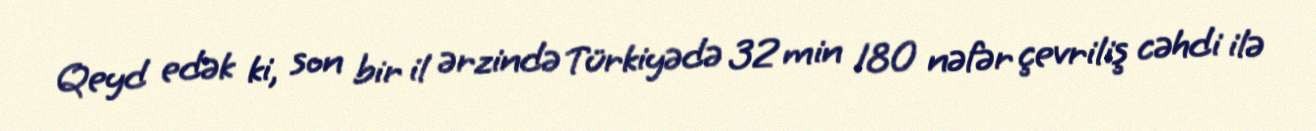
Qeyd edək ki, son bir il ərzində Türkiyədə 32 min 180 nəfər çevriliş cəhdi ilə